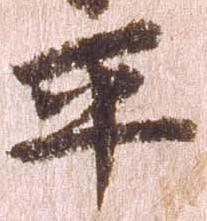
平